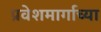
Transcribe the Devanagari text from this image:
प्रवेशमार्गाच्या